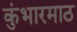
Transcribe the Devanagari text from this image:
कुंभारमाठ